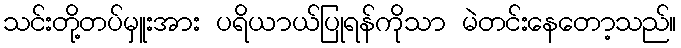
သင်းတို့တပ်မှူးအား ပရိယာယ်ပြုရန်ကိုသာ မဲတင်းနေတော့သည်။